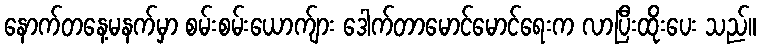
နောက်တနေ့မနက်မှာ စမ်းစမ်းယောက်ျား ဒေါက်တာမောင်မောင်ရေးက လာပြီးထိုးပေး သည်။